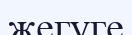
жегуге